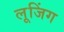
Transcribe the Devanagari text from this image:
लूजिंग